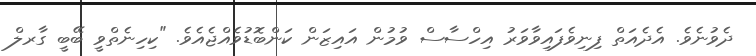
ދެވުނެވެ. އެދެއަތް ފިނިވެފައިވާވަރު އިހްސާސް ވުމުން އައިޒަން ކަންބޮޑުވެއްޖެއެވެ. "ކިހިނެތްވީ ބޭބީ ގާރލް